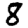
Digit: 8